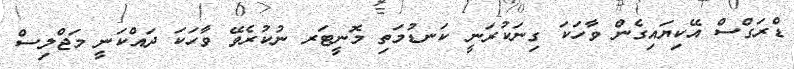
ޑްރަގްސް އޭކިޔައިގެން ވާހަކަ ގިނަކުރަނީ ކަނޑުމަތި މޮނީޓަރ ނުކުރެވޭ ވާހަކަ ދައްކަނީ މަޖްލިސް